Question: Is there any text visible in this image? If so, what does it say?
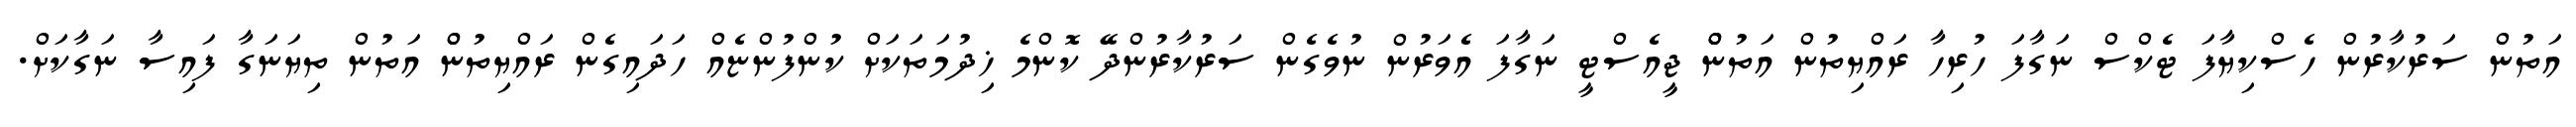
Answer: އަތުން ސަރުކާރުން ހެސްކިޔާފަ ޓެކްސް ނަގާފަ ހުރިހާ ރައްޔިތުން އަތުންްް ޖީއެސްޓީ ނަގާފަ އެވަރުން ނުވެގެން ސަރުކާރުންދޭ ކޮންމެ ޚިދުމަތަކަށް ކުންފުންޏެއް ހަދައިގެން ރައްޔިތުންް އަތުން ތިޔަނަގާ ފައިސާ ނަގާކަށް.